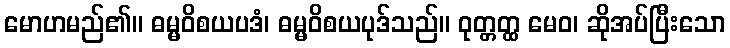
မောဟမည်၏။ ဓမ္မဝိစယပဒံ၊ ဓမ္မဝိစယပုဒ်သည်။ ဝုတ္တတ္ထ မေဝ၊ ဆိုအပ်ပြီးသော